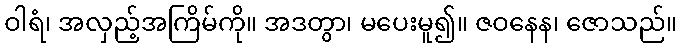
ဝါရံ၊ အလှည့်အကြိမ်ကို။ အဒတွာ၊ မပေးမူ၍။ ဇဝနေန၊ ဇောသည်။